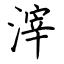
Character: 滓